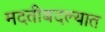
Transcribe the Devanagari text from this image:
मदतीबदल्यात